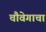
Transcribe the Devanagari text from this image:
चौवेगाचा